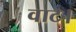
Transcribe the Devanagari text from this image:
वाट।